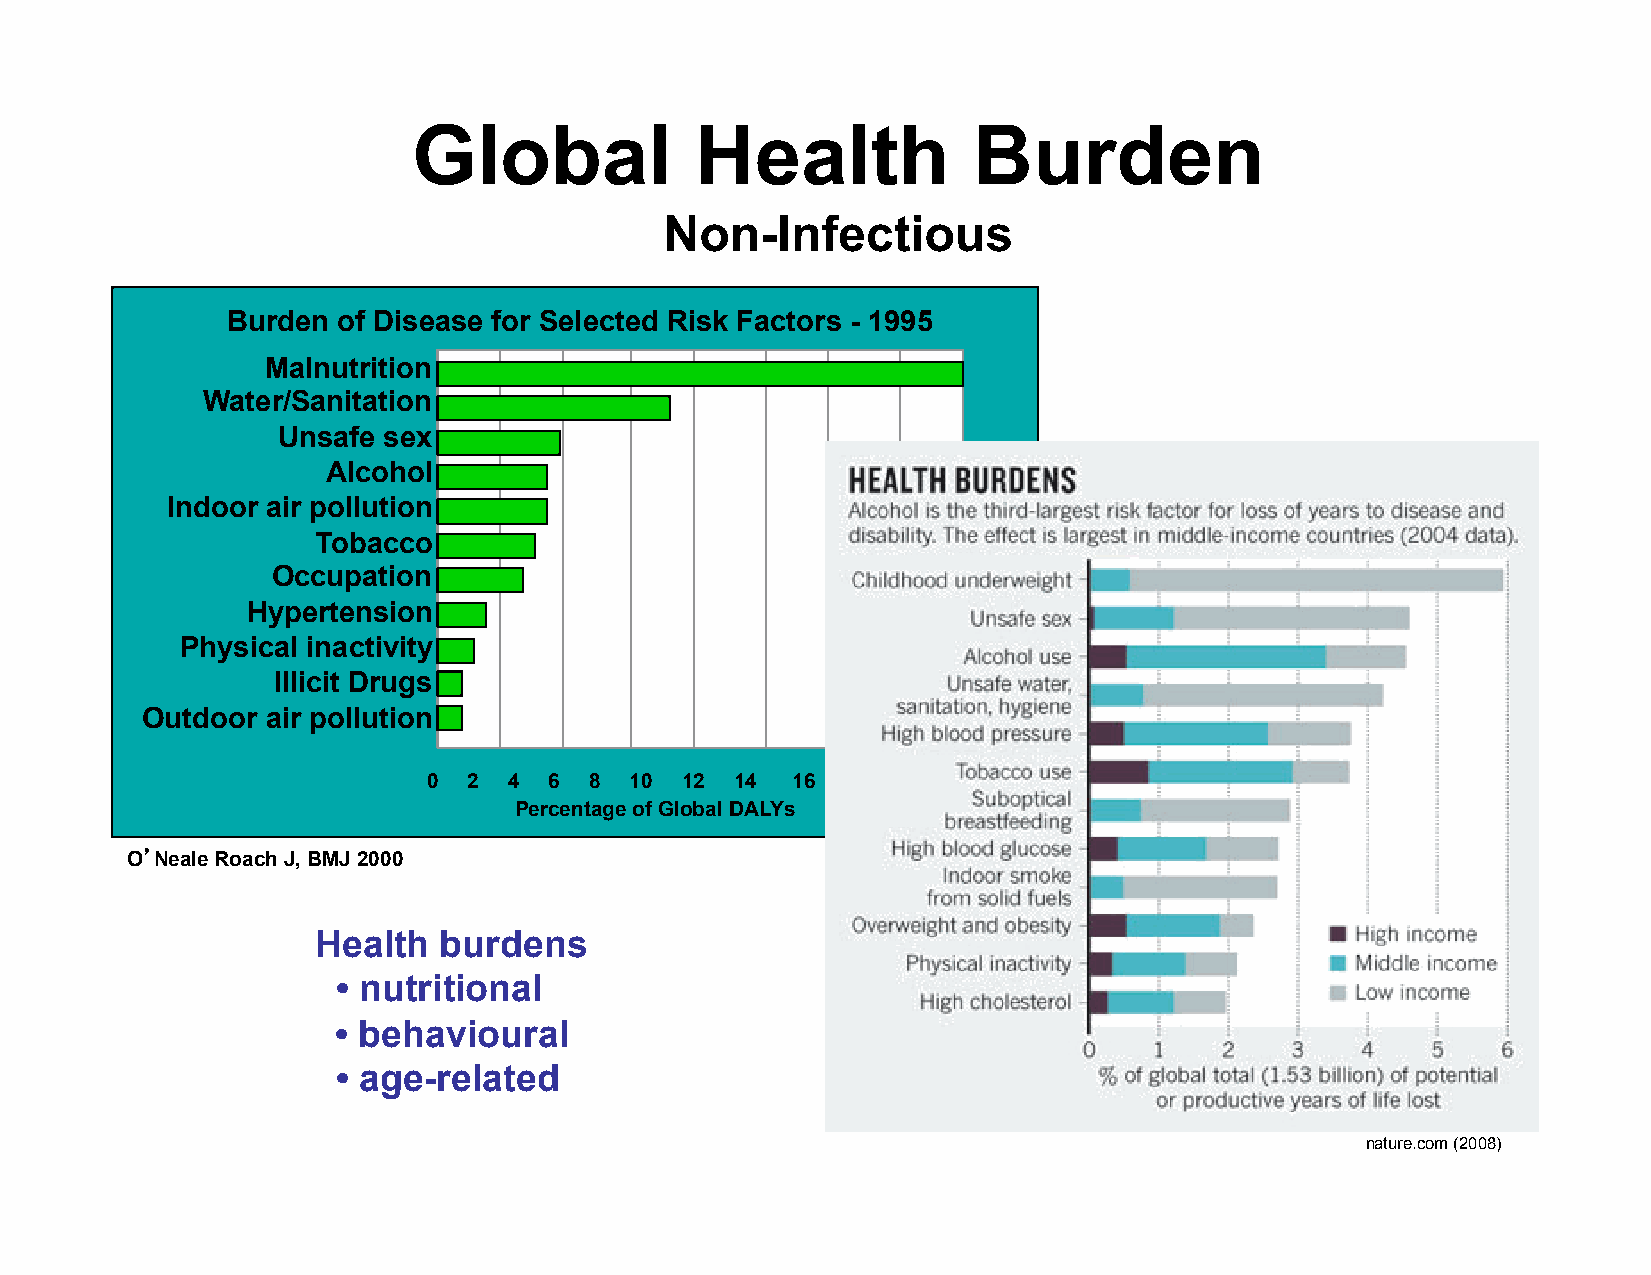
Global             Health            Burden
 Non-Infectious
 Burden of Disease for Selected Risk Factors - 1995
 Malnutrition
 Water/Sanitation
 Unsafe sex
 Alcohol
 Indoor air pollution
 Tobacco
 Occupation
 Hypertension
 Physical inactivity
 Illicit Drugs
 Outdoor  air pollution
 0  2  4 6  8  10 12  14 16
 Percentage of Global DALYs
 O’Neale Roach J, BMJ 2000
 Health  burdens
 • nutritional
 • behavioural
 • age-related
 nature.com (2008)